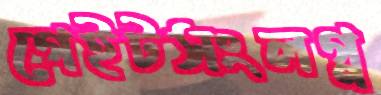
গেইটসংলগ্ন